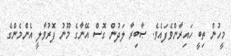
މީހުން ތިބީ ހައިރާންވެފައެވެ. ޞާބިރާ ލަދުން ގޮސް އޭނާގެ މޫނު ފޮރުވާލީ އެންމެންގެ